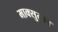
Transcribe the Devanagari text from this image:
माक्सुतोव